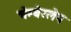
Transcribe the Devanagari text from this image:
चेम्बेरलेन